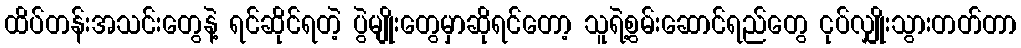
ထိပ်တန်းအသင်းတွေနဲ့ ရင်ဆိုင်ရတဲ့ ပွဲမျိုးတွေမှာဆိုရင်တော့ သူရဲ့စွမ်းဆောင်ရည်တွေ ငုပ်လျှိုးသွားတတ်တာ